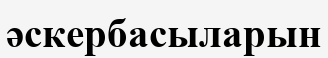
әскербасыларын